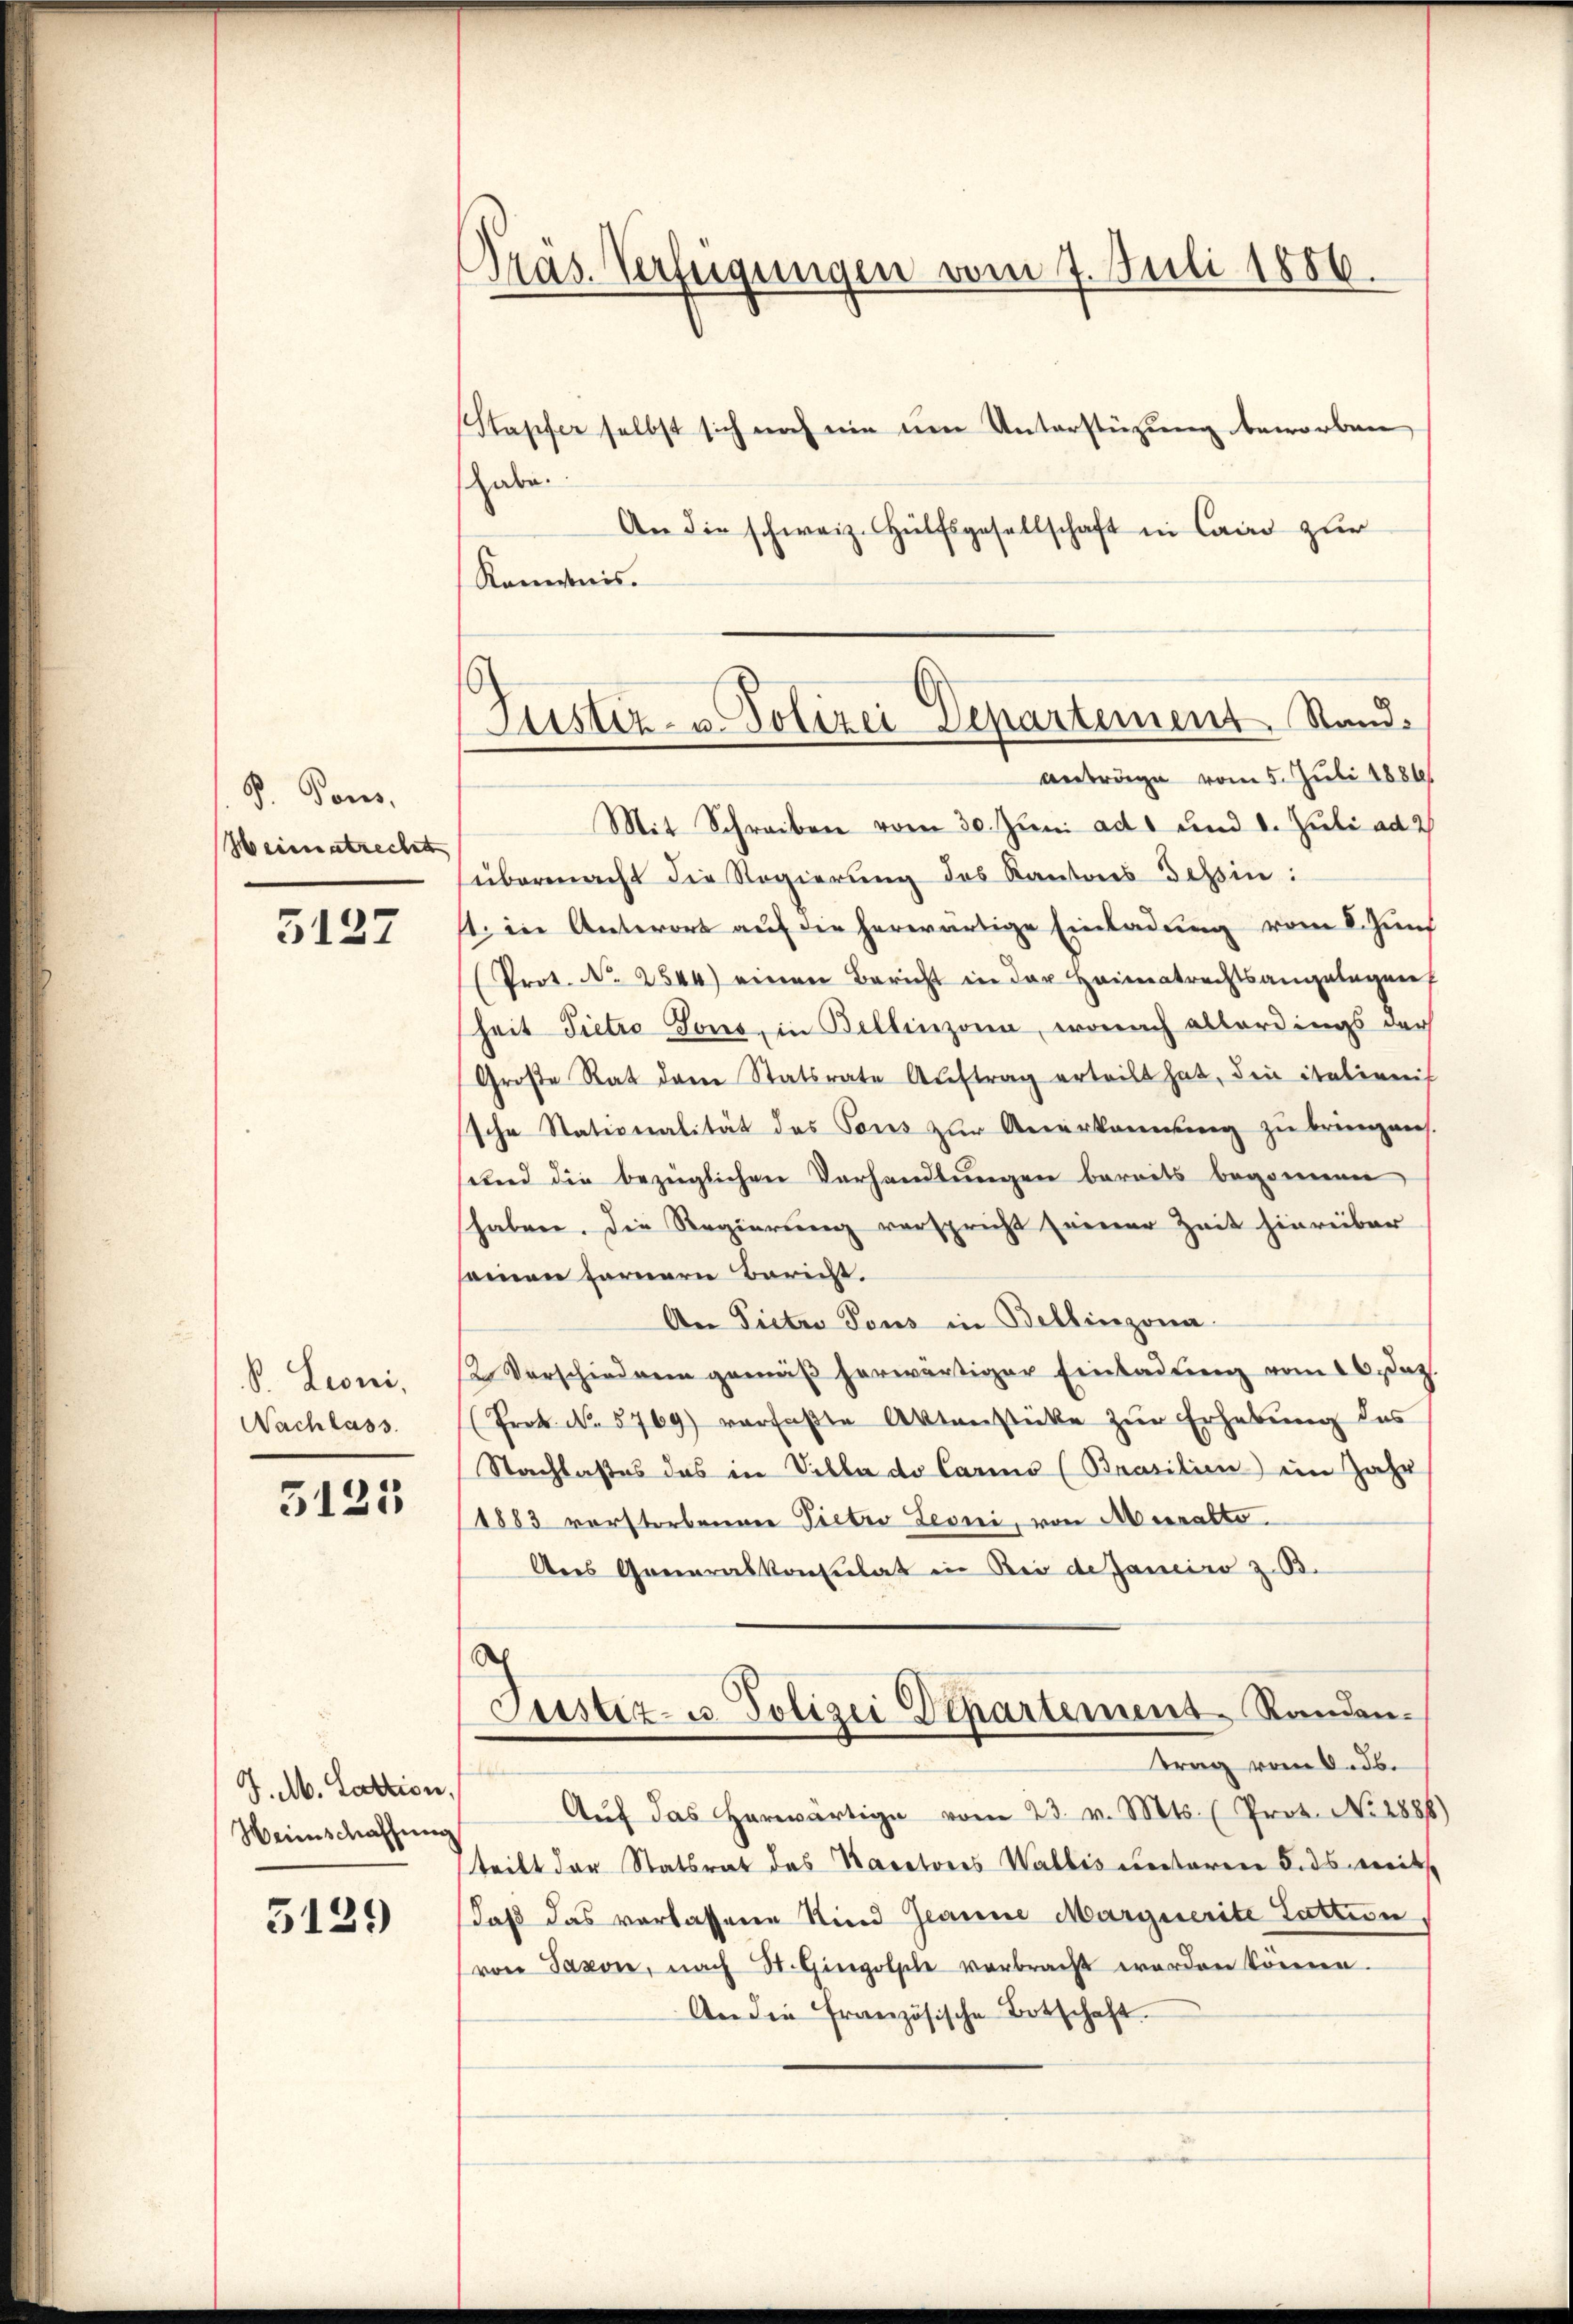
P. Pans.
Heimatrechett

5127

S. Leoni,
Nachlass

5123

J. M. Satzion,
Weinschaffung

5129

Pras. Verfügungen vom 7. Juli 1886.

Justiz- u. Polizei Departement. Stand.
Anträge vom 5. Juli 1886.

Stascher selbst sich noch ein ŭm Unterstützung beworben,
habe.
An die schweiz. Hülfsgesellschaft in Cand zur
Kanonis.
Mit Schreiben vom 30. Juni ad 1 und 8. Juli ad 2
übermacht die Regierung des Kantons Tessin:
1. in Antwort auf die herwärtige Einladung vom 8. Juni
(Prot. Nr. 2544) einen Bericht in der Heimatrechtsangelegen
heit Pietro Gons, in Bellinzona, wonach allerdings der
Große Rat dem Statsrate Auftrag erteilt hat, den italienis
sche Stationalität des Tons zŭr Anerkanntŭng zŭ bringens.
und die bezüglichen Verhandlungen bereits begonnen
haben. Die Regierung verspricht seiner Zeit hierüber
sammen fernern Bericht.
An Pietro Tous in Bellinzona.
2 Verschiedern gemäß herwärtiger Einladung vom 16. Dez.
(Prok. No. 5769) vorfaβte Aktenstücke zŭr Erhebŭng des
Nachlasses das in Villa de Cario (Brasilien) ein Jahr
1883 vorstorbenen Pietro Leoni, von Mehralto
Ans Generalkonsulat in Bei de Janeiro z. B.
d
Justiz- u. Polizei Departement Randen-
trag vom 6. ds.
Aŭf das erwärtige vom 23. v. Mts. (Prot. No. 2888)
teilt der Statsrat des Kacetones Wallis unteren 5. ds weit
daß das verlassene Kind Granne Marguerite Lattion
von Saxon, nach St. Gingolple verbracht worden können.
An die Französische Botschaft.